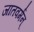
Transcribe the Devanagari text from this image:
जातवर्मन्‌